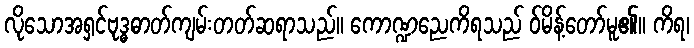
လိုသောအရှင်ဗုဒ္ဓဓာတ်ကျမ်းတတ်ဆရာသည်။ ကောဏ္ဍညေကိရသည် ဝ်မိန့်တော်မူ၏။ ကိရ၊